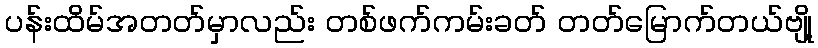
ပန်းထိမ်အတတ်မှာလည်း တစ်ဖက်ကမ်းခတ် တတ်မြောက်တယ်ဗျို့